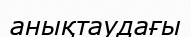
анықтаудағы